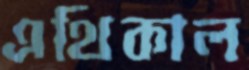
এথিকাল